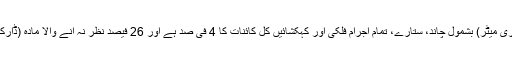
تحقیق سے ثابت ہوا کہ عام نظر آنے والا مادہ (یعنی آرڈنری میٹر) بشمول چاند، ستارے، تمام اجرام فلکی اور کہکشائیں کل کائنات کا 4 فی صد ہے اور 26 فیصد نظر نہ آنے والا مادہ (ڈارک مَیٹر) ہے جو روشنی جذب کرتا ہے نہ خارج کرتا ہے۔